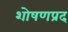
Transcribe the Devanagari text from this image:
शोषणप्रद